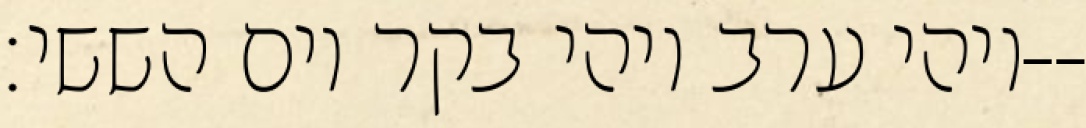
ויהי ערב ויהי בקר יום הששי׃--